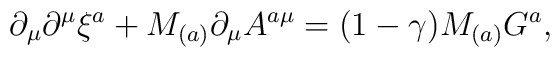
\partial_{\mu}\partial^{\mu}\xi^{a}+M_{(a)}\partial_{\mu}A^{a\mu}  =(1-\gamma)M_{(a)}G^{a},